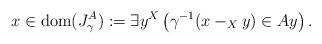
LaTeX: \begin{align*}x\in\mathrm{dom}(J^A_\gamma):=\exists y^X\left(\gamma^{-1}(x-_Xy)\in Ay\right).\end{align*}